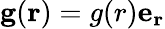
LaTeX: \mathbf{g}(\mathbf{r})=g(r)\mathbf{e_{r}}